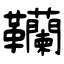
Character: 韊